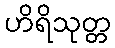
ဟိရိသုတ္တ